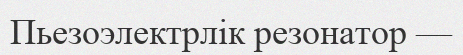
Пьезоэлектрлік резонатор —